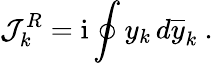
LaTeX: \mathcal{J}_{k}^{R}=\mathrm{i}\oint y_{k}\, d\overline{{y}}_{k}\ .